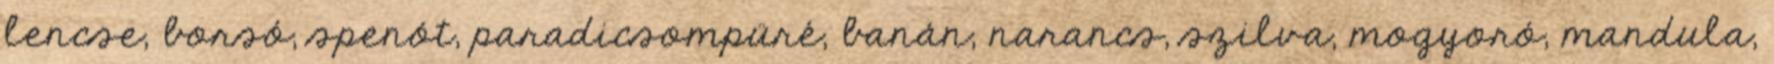
lencse, borsó, spenót, paradicsompüré, banán, narancs, szilva, mogyoró, mandula,